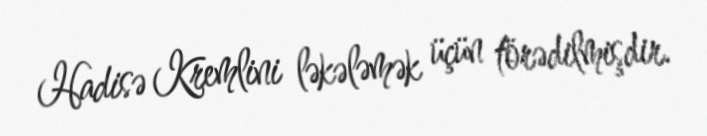
Hadisə Kremlini ləkələmək üçün törədilmişdir.